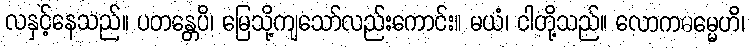
လနှင့်နေသည်။ ပတန္တေပိ၊ မြေသို့ကျသော်လည်းကောင်း။ မယံ၊ ငါတို့သည်။ လောကဓမ္မေဟိ၊